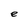
Character: e